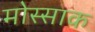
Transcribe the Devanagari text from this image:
मोस्साक